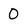
Character: 0